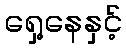
ရှေ့နေနှင့်